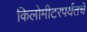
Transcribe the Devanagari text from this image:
किलोमीटरपर्यंतचे